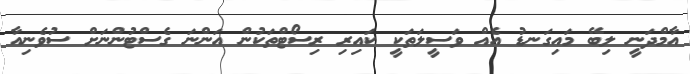
އާމްދަނީ ލިބޭ މައިގަނޑު އެއް ވަސީލަތަކީ ކައިރި ރިސޯޓްތަކުން އަންނަ ގެސްޓުންނަށް ސުވެނިއާ